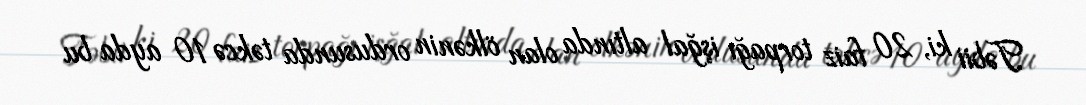
Təbii ki, 20 faiz torpağı işğal altında olan ölkənin ordusunda təkcə 10 ayda bu